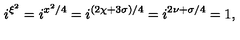
i ^ { \xi ^ { 2 } } = i ^ { x ^ { 2 } / 4 } = i ^ { ( 2 \chi + 3 \sigma ) / 4 } = i ^ { 2 \nu + \sigma / 4 } = 1 ,